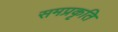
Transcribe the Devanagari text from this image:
समप्रकृति